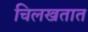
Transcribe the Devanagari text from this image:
चिलखतात